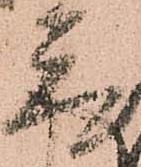
取